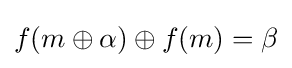
f(m\oplus \alpha )\oplus f(m)=\beta